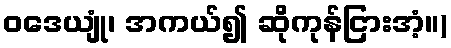
ဝဒေယျုံ၊ အကယ်၍ ဆိုကုန်ငြားအံ့။)